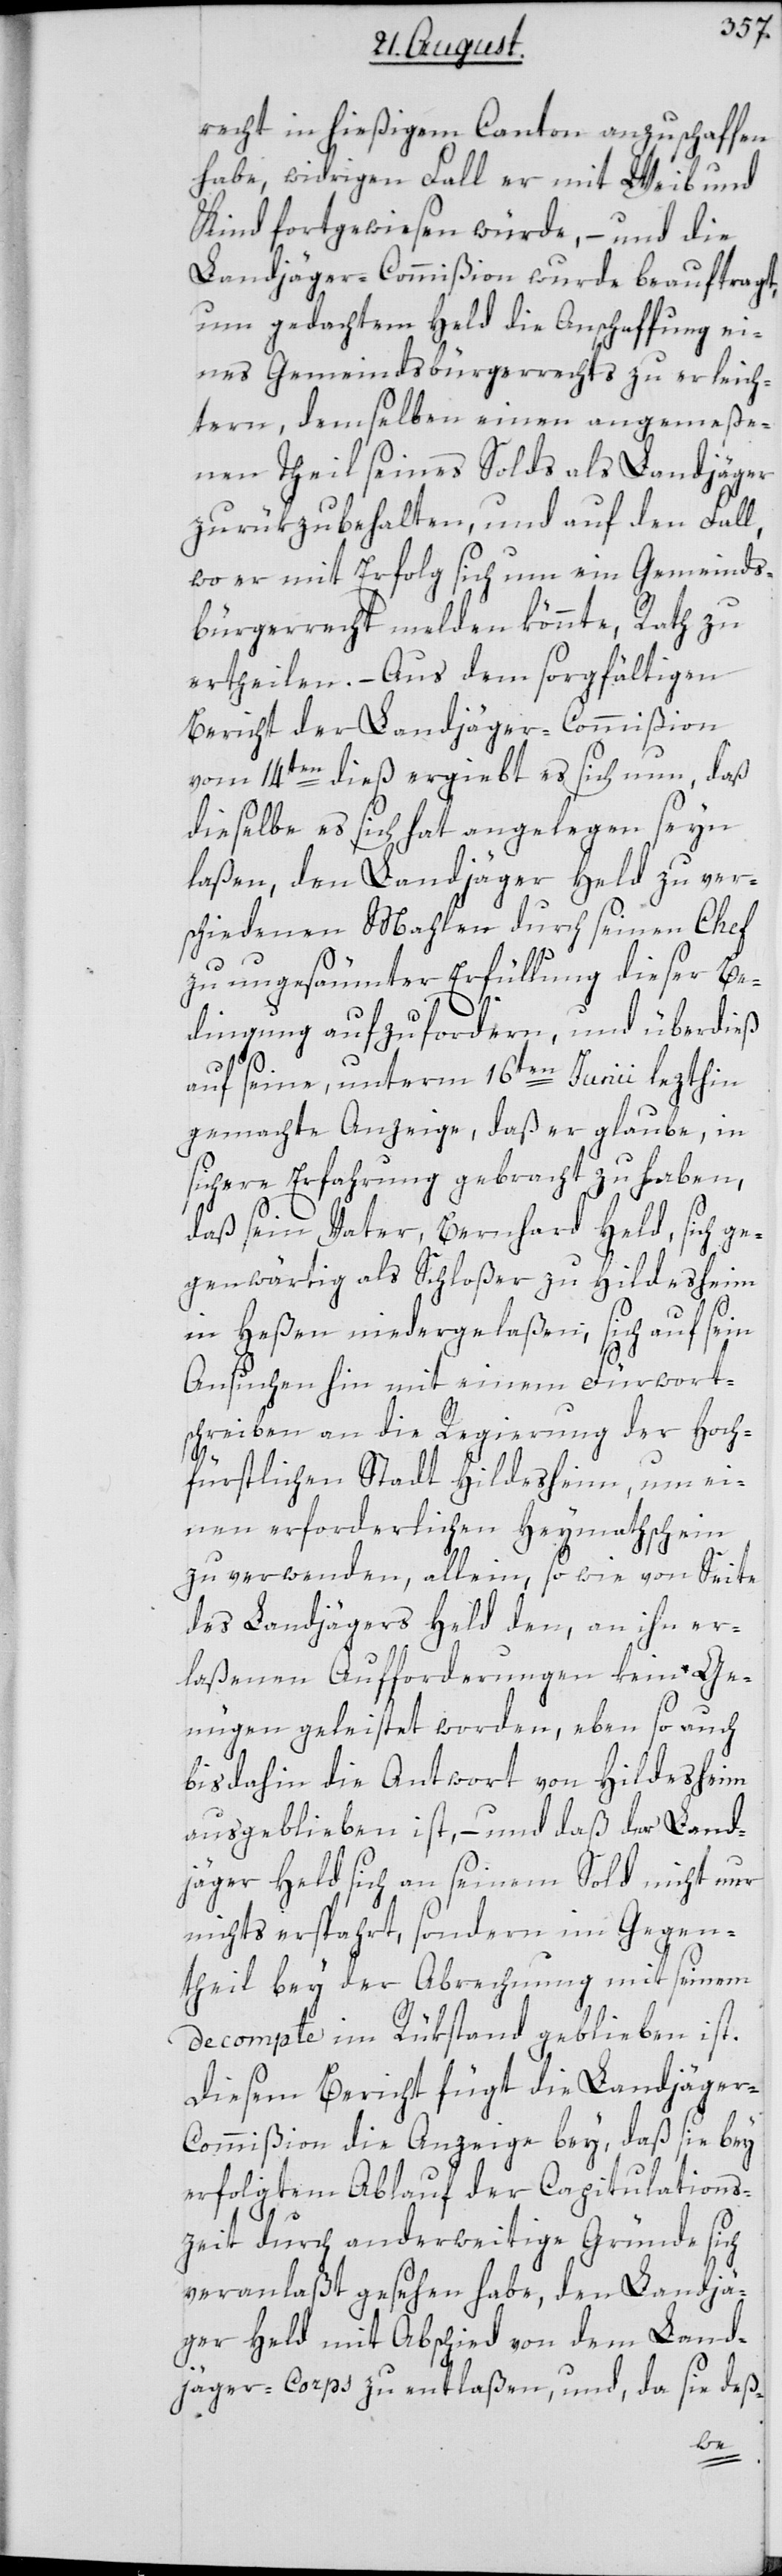
recht in hießigem Canton anzuschaffen
habe, widrigen Fall er mit Weib und
Kind fortgewiesen würde, – und die
Landjäger-Commißion wurde beauftragt,
um gedachtem Held die Anschaffung ei¬
nes Gemeindsbürgerrechts zu erleich¬
tern, demselben einen angemeße¬
nen Theil seines Solds als Landjäger
zurükzubehalten, und auf den Fall,
wo er mit Erfolg sich um ein Gemeinds¬
bürgerrecht melden könnte, Rath zu
ertheilen. – Aus dem sorgfältigen
Bericht der Landjäger-Commißion
vom 14ten dieß ergiebt es sich nun, daß
dieselbe es sich hat angelegen seyn
laßen, den Landjäger Held zu ver¬
schiedenen Mahlen durch seinen Chef
zu ungesäumter Erfüllung dieser Be¬
dingung aufzufordern, und überdieß
auf seine, unterm 16ten Junii lezthin
gemachte Anzeige, daß er glaube, in
sichere Erfahrung gebracht zu haben,
daß sein Vater, Bernhard Held, sich ge¬
genwärtig als Schloßer zu Hildesheim
in Heßen niedergelaßen, sich auf sein
Ansuchen hin mit einem Fürwort¬
schreiben an die Regierung der Hoch¬
fürstlichen Stadt Hildesheim, um ei¬
nen erforderlichen Heymathschein
zu verwenden, allein, so wie von Seite
des Landjägers Held den, an ihn er¬
laßenen Aufforderungen kein Ge¬
nügen geleistet worden, eben so auch
bis dahin die Antwort von Hildesheim
ausgeblieben ist, – und daß der Land¬
jäger Held sich an seinem Sold nicht nur
nichts erspahrt, sondern im Gegen¬
theil bey der Abrechnung mit seinem
Decompte im Rükstand geblieben ist.
Diesem Bericht fügt die Landjäger-C¬
ommißion die Anzeige bey, daß sie bey
erfolgtem Ablauf der Capitulations¬
zeit durch anderweitige Gründe sich
veranlaßt gesehen habe, den Landjä¬
ger Held mit Abschied von dem Land¬
jäger-Corps zu entlaßen, und, da sie deß-